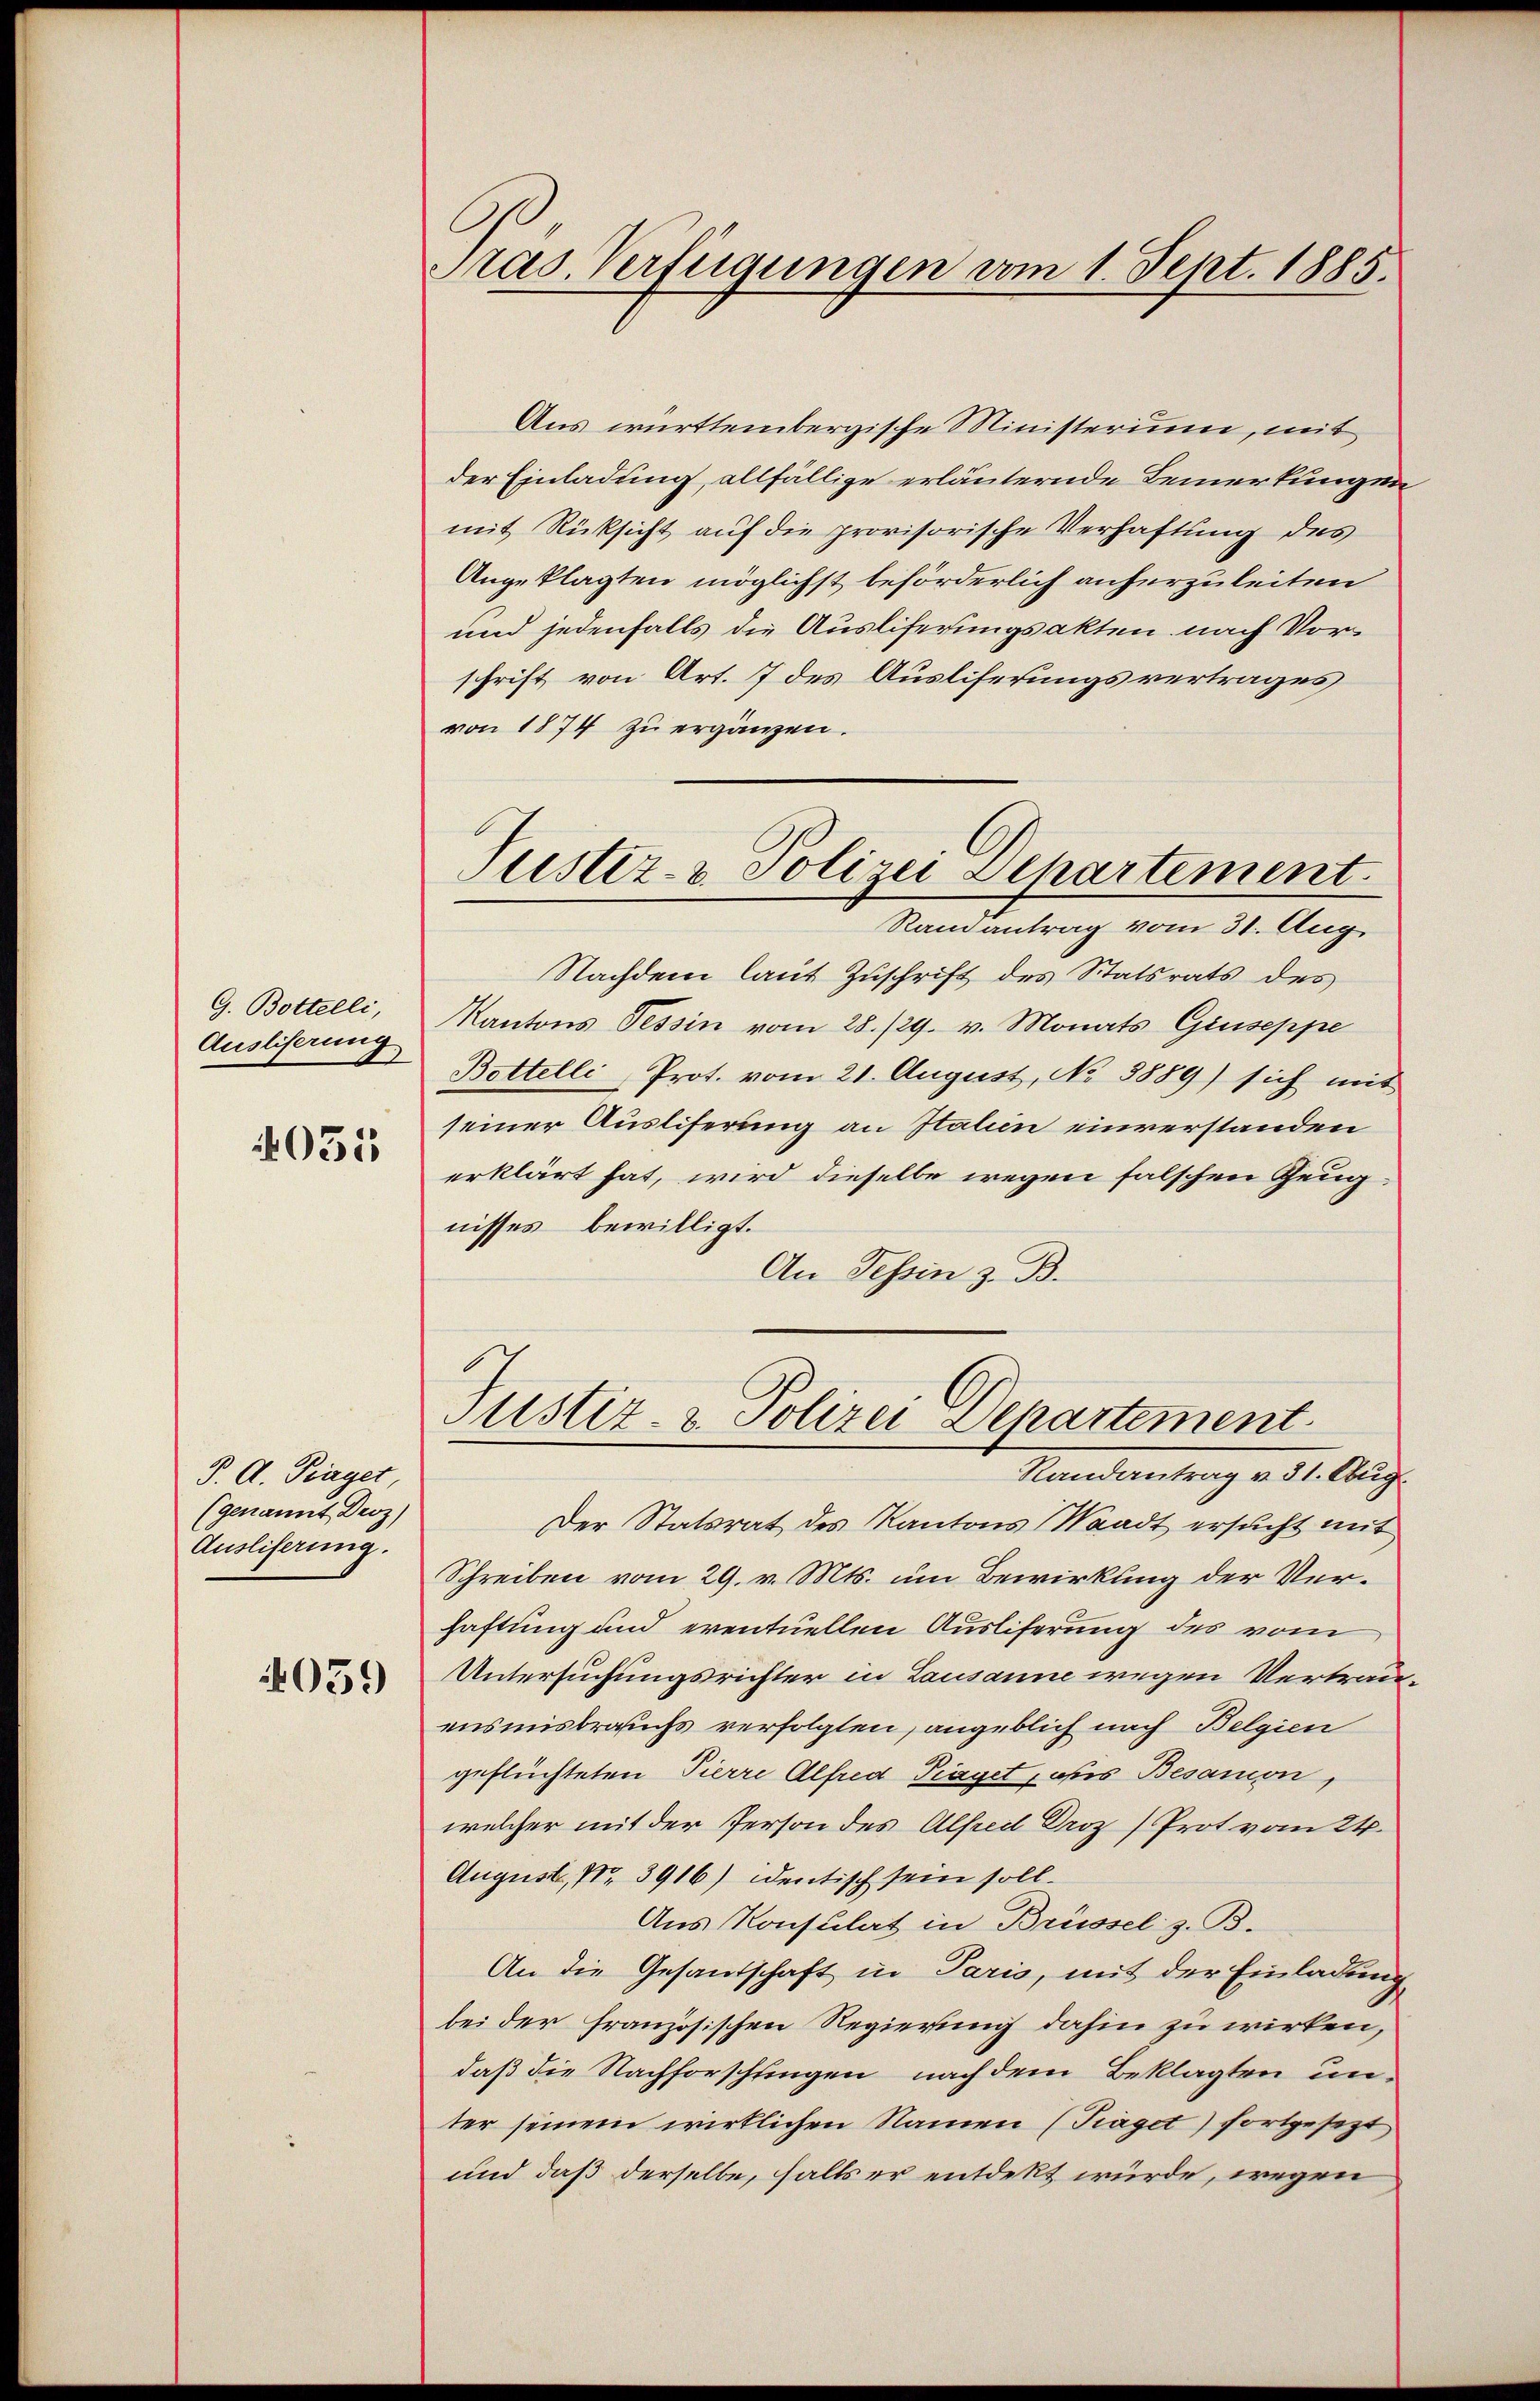
G. Bottelli,
Ausliferung

4031

J. A. Fraget
(genannt Droz)
Ausliserung.

039

Pras. Verfügungen vom 1. Sept. 1885.

Aus württembergische Ministerium, mit
der Einladung, allfällige erläuternde Bemerkungen
mit Rücksicht auf die provisorische Verhaftung des
Angeklagten möglichst beförderlich anherzuleiten
und jedenfalls die Ausliferungsakten nach Vorschrift von Art. 7 des Ausliferungsvertrages
von 1874 zu ergänzen.
Ramantrag vom 31. Aug.
Nachdem laut Zuschrift des Statsrats des
Kantons Tessin vom 28./29. v. Monats Giuseppe
Bottelli, Prot. vom 21. August, No 3889) sich mit
seiner Ausliferung an Italien einverstanden
erklärt hat, wird dieselbe wegen falschen Zeugnisses bewilligt.
An Tessin z. B.
Justiz- & Polizei Departement
Randantrag v. 31. Aug.
Der Statsrat des Kantons Waadt ersucht mit
Schreiben vom 29. v. Mts. um Bewirkung der Verhaftung und eventuellen Auslieferung des vom
Untersuchungsrichter in Lausanne wegen Vertrauensmisbrauchs verfolgten, angeblich nach Belgien
geflüchteten Pierre Alfred Traget, des Besanon,
welcher mit der Person des Alfreil Droz) Prot vom 24.
August, Nr. 3916) entisch sein soll.
Aus Konsulat in Brüssel z. B.
An die Gesandschaft in Paris, mit der Einladung
bei der französischen Regierung dahin zu wirken,
daß die Nachforschlingen nach dem Beklagten unter seinem wirklichen Namen (Traget) fortgesezt
und daß derselbe, falls er entdekt würde, wegen

Justiz- & Polizei Departement.